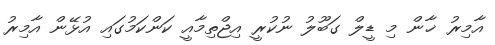
އާމިރު ޚާން މި ޑީލް ގަބޫލު ނުކުރީ އިޖްތިމާއީ ކަންކަމުގައި އުޅޭން އާމިރު